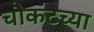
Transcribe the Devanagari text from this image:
चौकटच्या